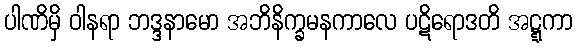
ပါဏိမှိ ဝါနရာ ဘဒ္ဒနာမော အဘိနိက္ခမနကာလေ ပဋိရောဒတိ အဋ္ဋကာ